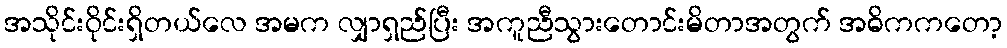
အသိုင်းဝိုင်းရှိတယ်လေ အမက လျှာရှည်ပြီး အကူညီသွားတောင်းမိတာအတွက် အဓိကကတော့